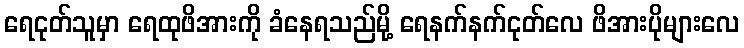
ရေငုတ်သူမှာ ရေထုဖိအားကို ခံနေရသည်မို့ ရေနက်နက်ငုတ်လေ ဖိအားပိုများလေ